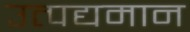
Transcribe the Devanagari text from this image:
उत्पद्यमान